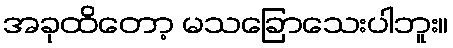
အခုထိတော့ မသခြောသေးပါဘူး။